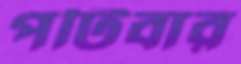
পটিবার